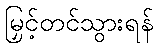
မြှင့်တင်သွားရန်